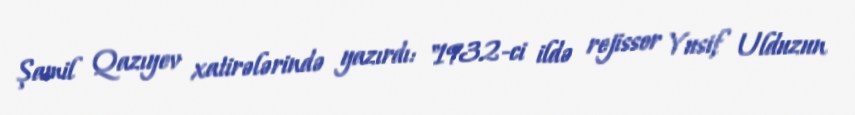
Şamil Qazıyev xatirələrində yazırdı: "1932-ci ildə rejissor Yusif Ulduzun